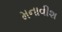
મનાવીશ